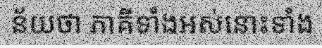
ន័យថា ភាគីទាំងអស់នោះទាំង